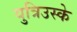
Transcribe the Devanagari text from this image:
युत्रिउस्के